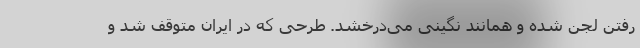
رفتن لجن شده و همانند نگینی می‌درخشد. طرحی که در ایران متوقف شد و